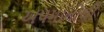
અપમાનોથી